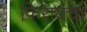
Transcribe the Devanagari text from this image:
फिरायचा